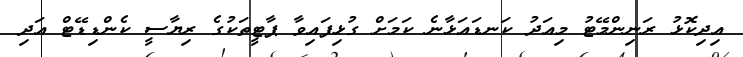
އިދިކޮޅު ރަނިންމޭޓު މިއަދު ކަނޑައަޅާނެ ކަމަށް ގުޅިފައިވާ ޕާޓީތަކުގެ ރިޔާސީ ކެންޑިޑޭޓް އަދި